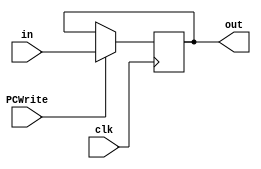
module PC(PCWrite, clk, in, out);

input wire clk;
input wire [31:0] in;
input wire PCWrite;
output wire [31:0] out;

reg [31:0] pc = 0;


always @(posedge clk) begin
    if(PCWrite == 1'b1) begin
        pc <= in;
    end
end

assign out = pc;

endmodule